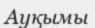
Ауқымы